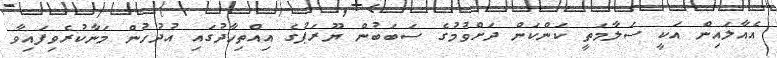
އެއާލައިން އަކީ ސަލާމަތީ ކަންކަން ދަށްވުމުގެ ސަބަބުން ޔޫރަޕުގެ އިއްތިހާދުގައި އުދުހުން މަނާކުރެވިފައިވާ